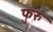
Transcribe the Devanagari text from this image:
फुरु